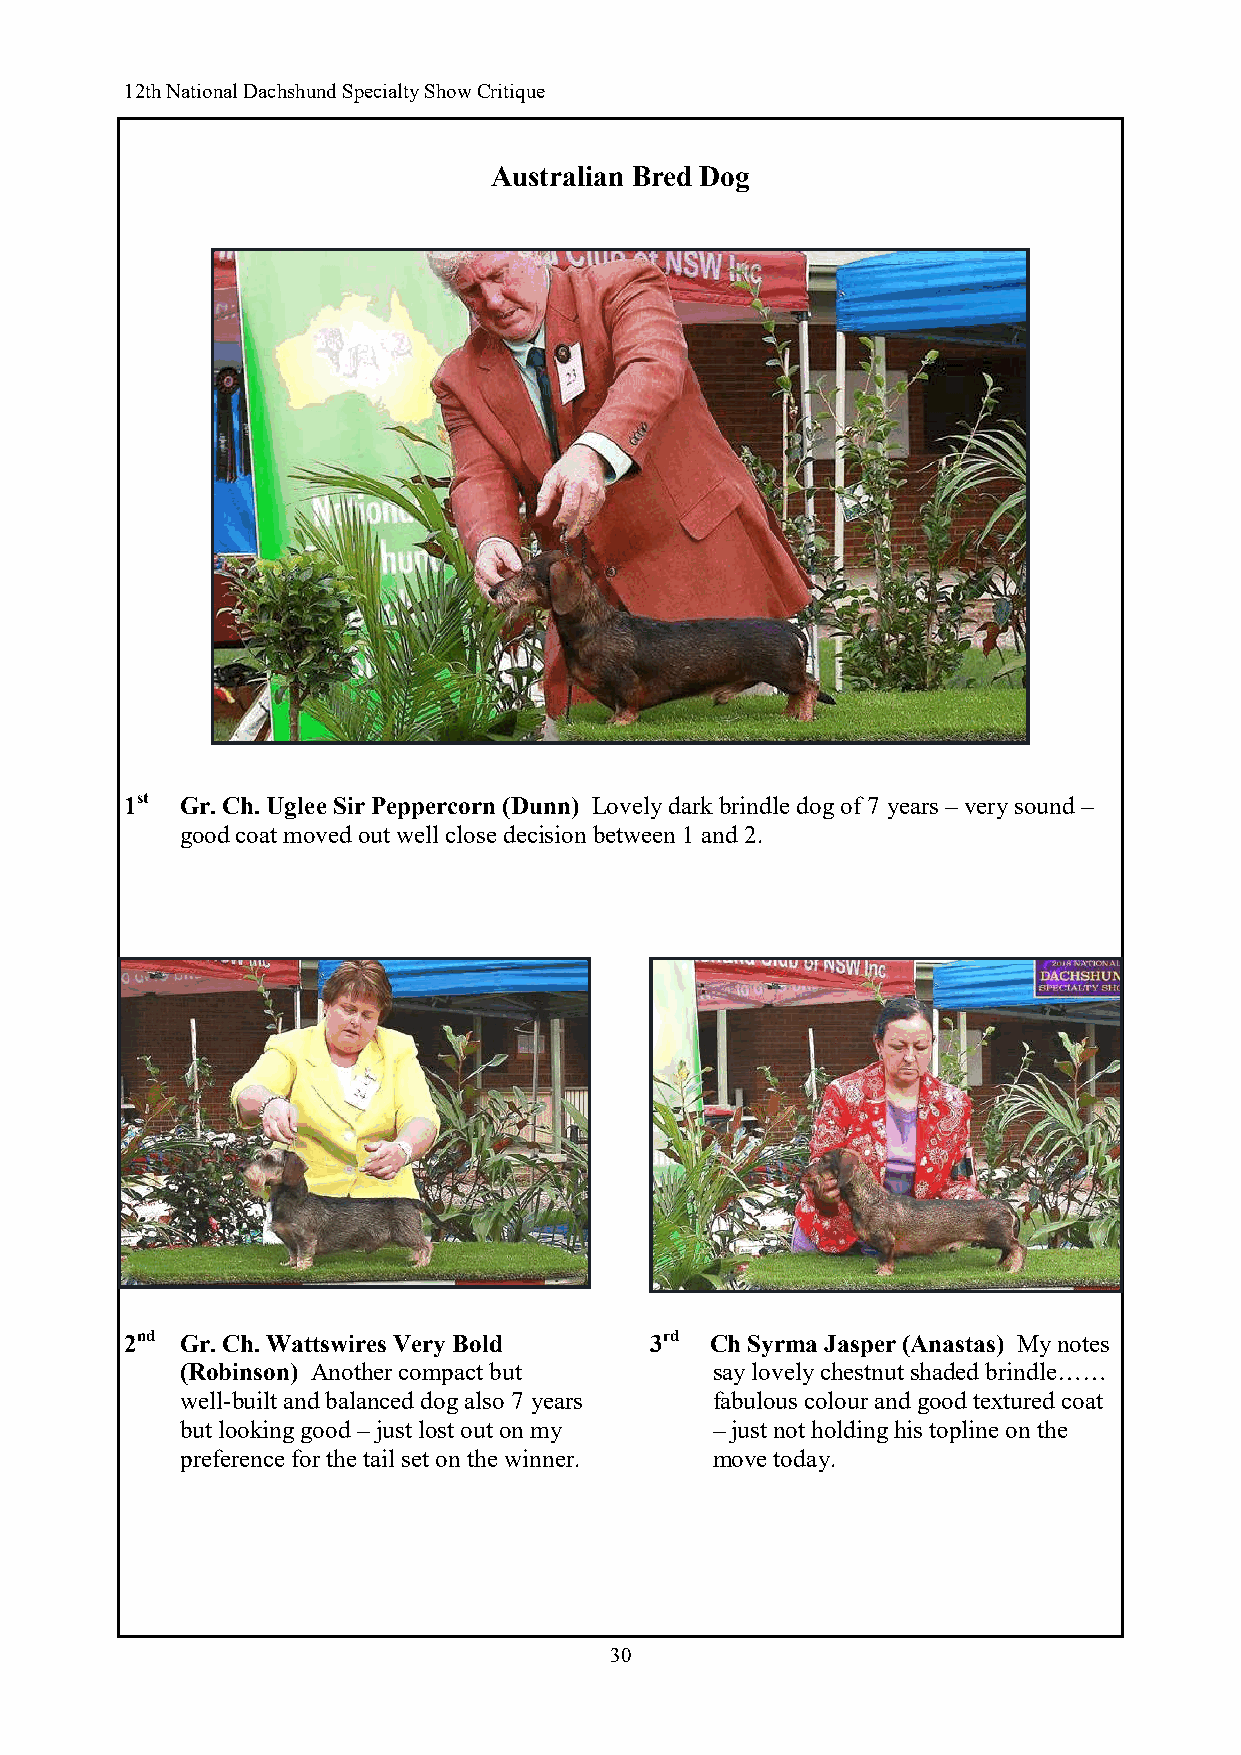
12th National Dachshund Specialty Show Critique
 Australian Bred Dog
 1st Gr. Ch. Uglee Sir Peppercorn (Dunn) Lovely dark brindle dog of 7 years – very sound –
 good coat moved out well close decision between 1 and 2.
 2nd Gr. Ch. Wattswires Very Bold   3rd Ch Syrma Jasper (Anastas) My notes
 (Robinson) Another compact but     say lovely chestnut shaded brindle……
 well-built and balanced dog also 7 years fabulous colour and good textured coat
 but looking good – just lost out on my – just not holding his topline on the
 preference for the tail set on the winner. move today.
 30